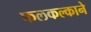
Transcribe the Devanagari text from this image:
फलकल्काने